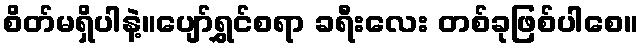
စိတ်မရှိပါနဲ့။ပျော်ရွှင်စရာ ခရီးလေး တစ်ခုဖြစ်ပါစေ။